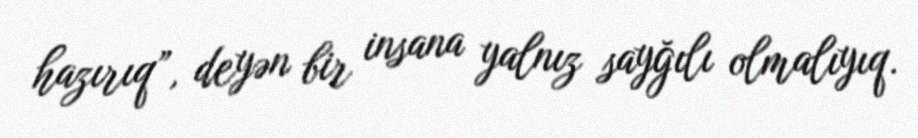
hazırıq”, deyən bir insana yalnız sayğılı olmalıyıq.